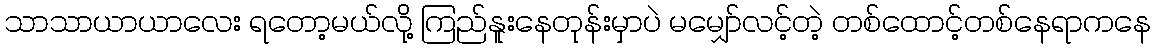
သာသာယာယာလေး ရတော့မယ်လို့ ကြည်နူးနေတုန်းမှာပဲ မမျှော်လင့်တဲ့ တစ်ထောင့်တစ်နေရာကနေ